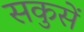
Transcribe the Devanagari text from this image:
सकुसें